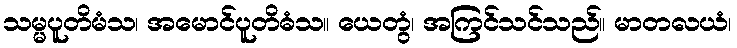
သမ္မပူတိမံသ၊ အမောင်ပူတိဓံသ။ ယေတွံ၊ အကြင်သင်သည်။ မာတလယံ၊